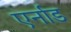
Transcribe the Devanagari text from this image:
एर्नाड